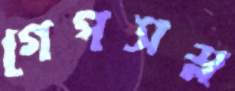
গেপসস্ল